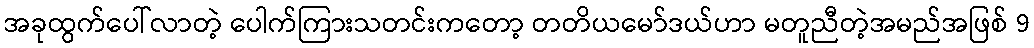
အခုထွက်ပေါ်လာတဲ့ ပေါက်ကြားသတင်းကတော့ တတိယမော်ဒယ်ဟာ မတူညီတဲ့အမည်အဖြစ် 9